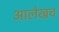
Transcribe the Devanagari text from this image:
अालेखच